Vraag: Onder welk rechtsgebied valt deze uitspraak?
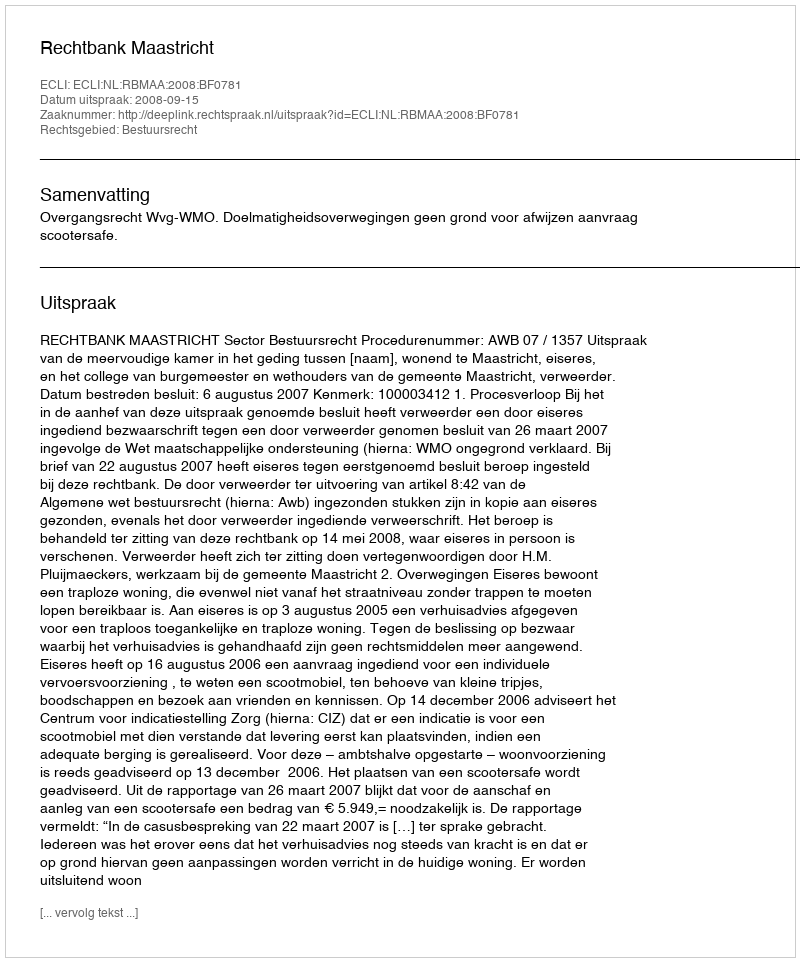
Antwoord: Bestuursrecht